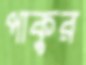
পাকুর